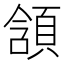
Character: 頷